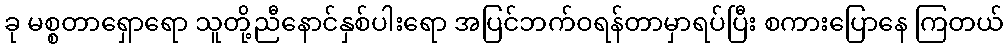
ခု မစ္စတာရှောရော သူတို့ညီနောင်နှစ်ပါးရော အပြင်ဘက်ဝရန်တာမှာရပ်ပြီး စကားပြောနေ ကြတယ်